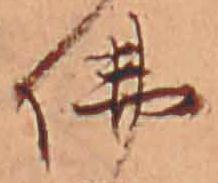
仏